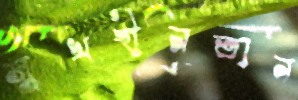
সুখহীনতান